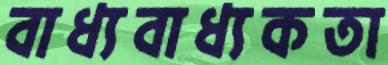
বাধ্যবাধ্যকতা